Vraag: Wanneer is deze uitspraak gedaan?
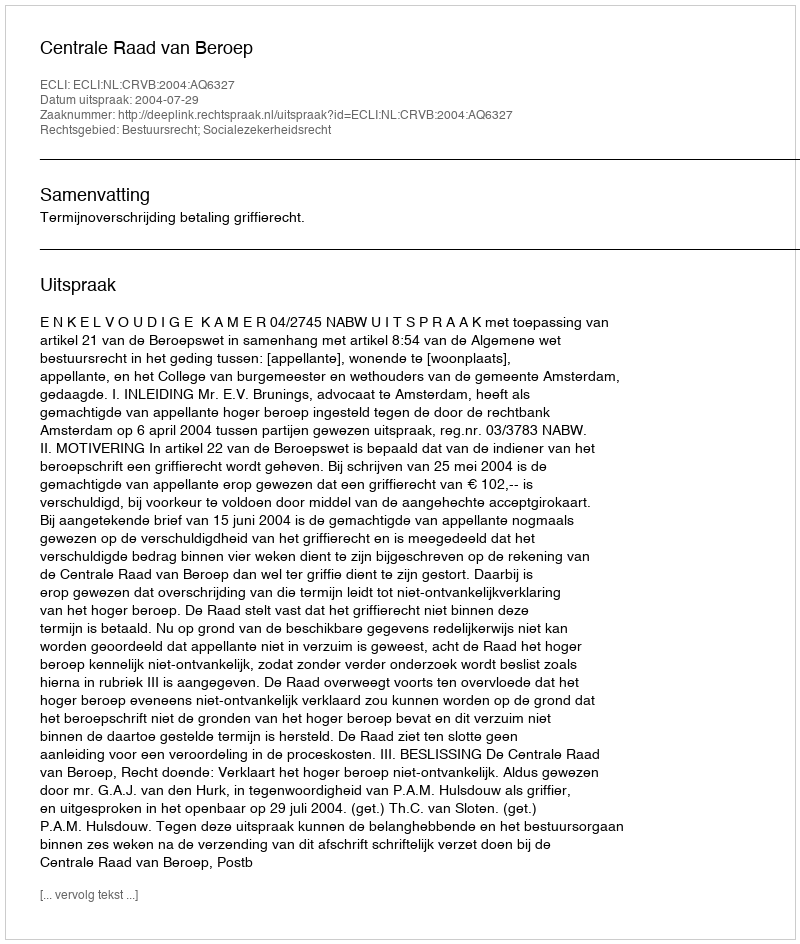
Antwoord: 2004-07-29